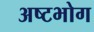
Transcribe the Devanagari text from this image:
अष्टभोग